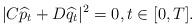
LaTeX: \begin{align*}|C\widehat p_t+D\widehat q_t|^2=0, t\in[0,T].\end{align*}